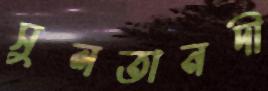
সুলতানদী